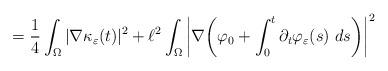
LaTeX: \begin{align*} = \frac{1}{4} \int_{\Omega} |\nabla \kappa_{\varepsilon} (t) |^2 + \ell^2 \int_{\Omega} \bigg| \nabla \bigg( \varphi_0 + \int_0^t \partial_t \varphi_{\varepsilon}(s) \ ds \bigg) \bigg|^2\end{align*}